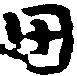
田